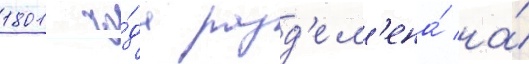
1801 го́да разд'ел'ена́ на́